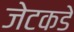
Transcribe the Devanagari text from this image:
जेटकडे